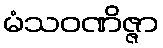
မံသဝဏိဇ္ဇာ